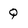
Character: Q